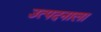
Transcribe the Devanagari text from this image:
उत्पदनाला